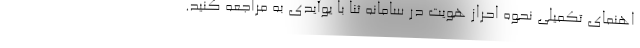
اهنمای تکمیلی نحوه احراز هویت در سامانه ثنا با یوآیدی به مراجعه کنید.